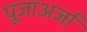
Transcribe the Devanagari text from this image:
पूजाअर्जा